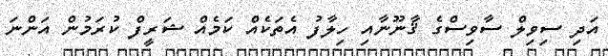
އަދި ސިވިލް ސާވިސްގެ ޤާނޫނާއި ހިލާފު އެތަކެއް ކަމެއް ޝަރީފް ކުރަމުން އަންނަ